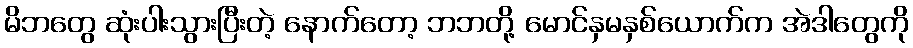
မိဘတွေ ဆုံးပါးသွားပြီးတဲ့ နောက်တော့ ဘဘတို့ မောင်နှမနှစ်ယောက်က အဲဒါတွေကို